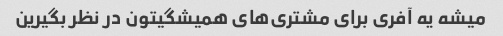
میشه یه آفری برای مشتری‌های همیشگیتون در نظر بگیرین